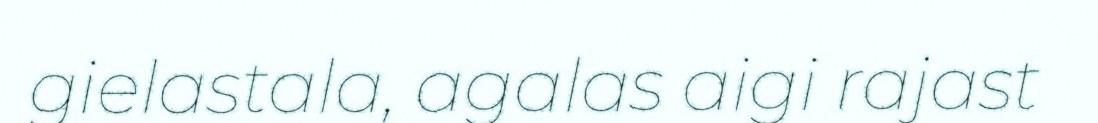
gielastala, agalas aigi rajast